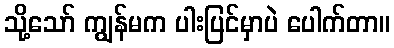
သို့သော် ကျွန်မက ပါးပြင်မှာပဲ ပေါက်တာ။